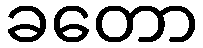
ခတော